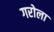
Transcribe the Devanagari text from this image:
गरोला